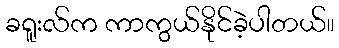
ခရူးလ်က ကာကွယ်နိုင်ခဲ့ပါတယ်။